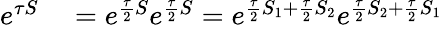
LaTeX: \begin{array}{rl}{e^{\tau S}}&{{}=e^{\frac{\tau}{2}S}e^{\frac{\tau}{2}S}=e^{\frac{\tau}{2}S_{1}+\frac{\tau}{2}S_{2}}e^{\frac{\tau}{2}S_{2}+\frac{\tau}{2}S_{1}}}\end{array}